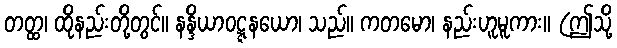
တတ္ထ၊ ထိုနည်းတို့တွင်။ နန္ဒိယာဝဋ္ဋနယော၊ သည်။ ကတမော၊ နည်းဟူမူကား။ (ဤသို့